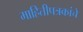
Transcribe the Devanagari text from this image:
माहितीपत्रकांचे